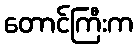
တောင်ကြီးက